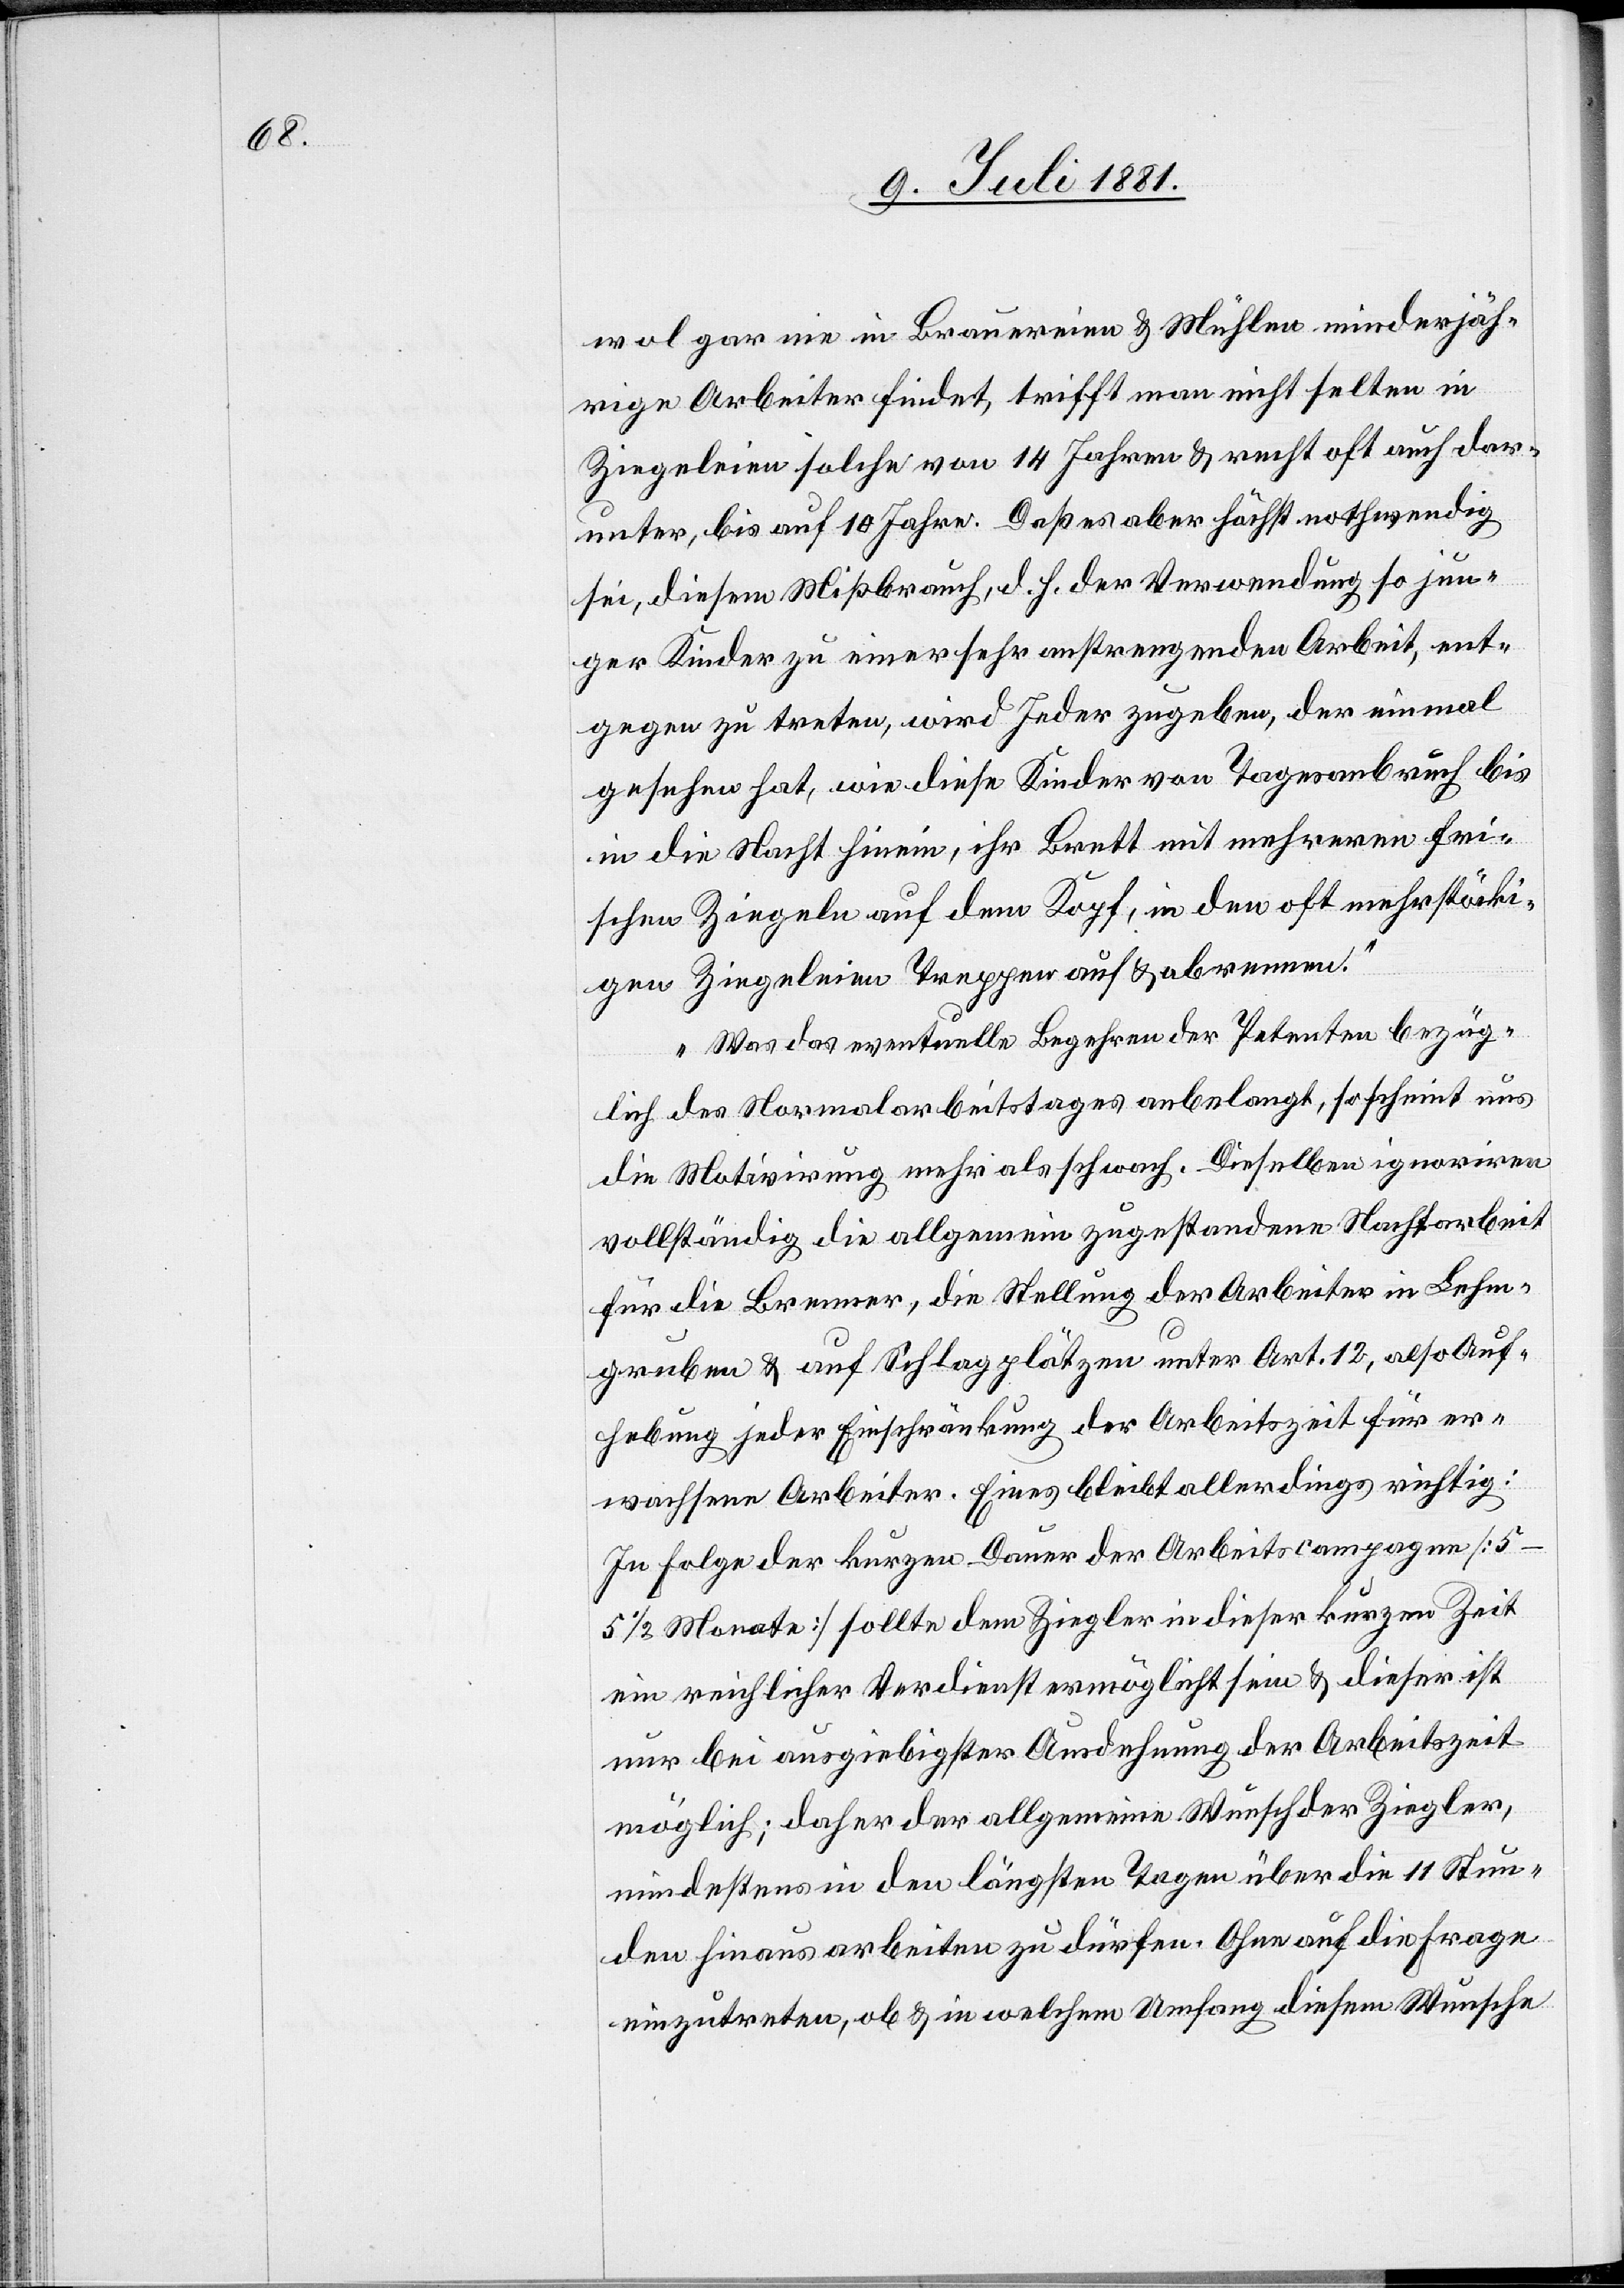
wol gar nie in Brauereien & Mühlen minderjäh¬
rige Arbeiter findet, trifft man nicht selten in
Ziegeleien solche von 14 Jahren & recht oft auch dar¬
unter, bis auf 10 Jahre. Daß es aber höchst nothwendig
sei, diesem Mißbrauch, d. h. der Verwendung so jun¬
ger Kinder zu einer sehr anstrengenden Arbeit, ent¬
gegen zu treten, wird Jeder zugeben, der einmal
gesehen hat, wie diese Kinder von Tagesanbruch bis
in die Nacht hinein, ihr Brett mit mehreren fri¬
schen Ziegeln auf dem Kopf, in den oft mehrstöcki¬
gen Ziegeleien Treppen auf & abrennen.
Was das eventuelle Begehren der Petenten bezüg¬
lich des Normalarbeitstages angelangt, so scheint uns
die Motivirung mehr als schwach. Dieselben ignoriren
vollständig die allgemein zugestandene Nachtarbeit
für die Brenner, die Stellung der Arbeiter in Lehm¬
gruben & auf Schlagplätzen unter Art. 12, also Auf¬
hebung jeder Einschränkung der Arbeitszeit für er¬
wachsene Arbeiter. Eines bleibt allerdings wichtig:
In Folge der kurzen Dauer der Arbeitscampagne [5–5
1/2 Monate] sollte dem Ziegler in dieser kurzen Zeit
ein reichlicher Verdienst ermöglicht sein & dieser ist
nur bei ausgiebigster Ausdehnung der Arbeitszeit
möglich; daher der allgemeine Wunsch der Ziegler,
mindestens in den längsten Tagen über die 11 Stun¬
den hinaus arbeiten zu dürfen. Ohne auf die Frage
einzutreten, ob & in welchem Umfang diesem Wunsche